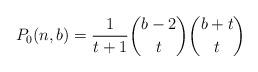
LaTeX: \begin{align*} P_0(n,b) = \frac{1}{t+1} \binom{b-2}{t} \binom{b+t}{t}\end{align*}